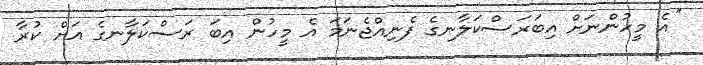
''އެ މީހުންނަށް އިބަރަސްކަލާނގެ ފެނިއްޖެނަމަ އެ މީހުން އިބަ ރަސްކަލާނގެ އަށް ކުރާ